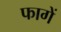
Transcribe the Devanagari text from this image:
फागें